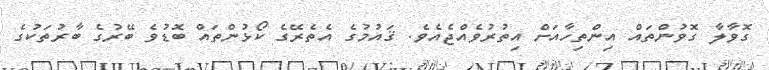
ގޮވާލާ ގޮވުންތައް އިންތިހާއަށް އިތުރުވެއްޖެއެވެ. ޤައުމުގެ އެތެރޭގެ ކޯޅުންތައް ބޮޑުވެ ބޭރުގެ ބާރުތަކުގެ